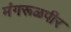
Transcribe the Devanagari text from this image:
मंगरूळपीर